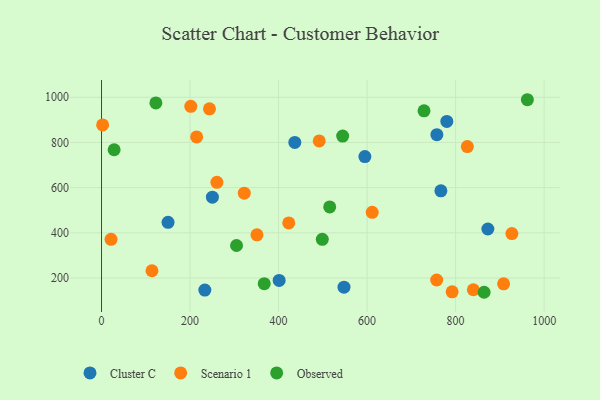
{"axis": {"x": "Investment", "y": "Fuel Efficiency"}, "legend": ["Cluster C", "Observed", "Scenario 1"], "data": [{"x": "872.8", "y": 416.7, "type": "Cluster C"}, {"x": "766.7", "y": 586.0, "type": "Cluster C"}, {"x": "757.6", "y": 834.3, "type": "Cluster C"}, {"x": "250.5", "y": 557.6, "type": "Cluster C"}, {"x": "401.3", "y": 188.9, "type": "Cluster C"}, {"x": "547.8", "y": 159.0, "type": "Cluster C"}, {"x": "780.1", "y": 893.3, "type": "Cluster C"}, {"x": "595.0", "y": 737.3, "type": "Cluster C"}, {"x": "233.4", "y": 146.2, "type": "Cluster C"}, {"x": "150.3", "y": 446.4, "type": "Cluster C"}, {"x": "436.7", "y": 800.0, "type": "Cluster C"}, {"x": "351.2", "y": 391.1, "type": "Scenario 1"}, {"x": "21.5", "y": 371.0, "type": "Scenario 1"}, {"x": "908.4", "y": 174.1, "type": "Scenario 1"}, {"x": "322.5", "y": 575.3, "type": "Scenario 1"}, {"x": "840.0", "y": 147.8, "type": "Scenario 1"}, {"x": "243.9", "y": 948.8, "type": "Scenario 1"}, {"x": "201.7", "y": 960.1, "type": "Scenario 1"}, {"x": "792.1", "y": 138.7, "type": "Scenario 1"}, {"x": "423.0", "y": 443.6, "type": "Scenario 1"}, {"x": "491.8", "y": 806.8, "type": "Scenario 1"}, {"x": "826.5", "y": 781.6, "type": "Scenario 1"}, {"x": "611.5", "y": 490.4, "type": "Scenario 1"}, {"x": "927.1", "y": 396.7, "type": "Scenario 1"}, {"x": "214.9", "y": 824.5, "type": "Scenario 1"}, {"x": "2.5", "y": 877.6, "type": "Scenario 1"}, {"x": "757.2", "y": 191.0, "type": "Scenario 1"}, {"x": "260.7", "y": 623.6, "type": "Scenario 1"}, {"x": "114.0", "y": 232.0, "type": "Scenario 1"}, {"x": "864.3", "y": 136.6, "type": "Observed"}, {"x": "367.6", "y": 174.9, "type": "Observed"}, {"x": "28.5", "y": 767.6, "type": "Observed"}, {"x": "122.8", "y": 975.0, "type": "Observed"}, {"x": "515.5", "y": 514.7, "type": "Observed"}, {"x": "305.0", "y": 343.8, "type": "Observed"}, {"x": "498.8", "y": 371.2, "type": "Observed"}, {"x": "728.6", "y": 939.9, "type": "Observed"}, {"x": "544.8", "y": 828.1, "type": "Observed"}, {"x": "962.1", "y": 989.2, "type": "Observed"}]}